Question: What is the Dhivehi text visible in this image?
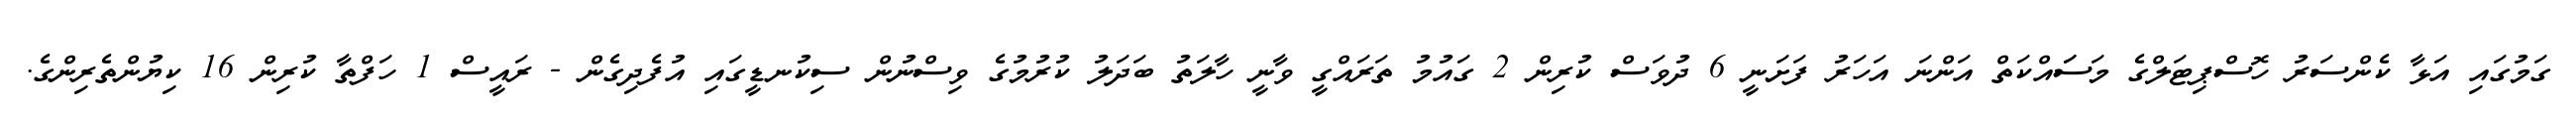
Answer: ގަމުގައި އަޅާ ކެންސަރު ހޮސްޕިޓަލްގެ މަސަައްކަތް އަންނަ އަހަރު ފަށަނީ 6 ދުވަސް ކުރިން 2 ގައުމު ތަރައްގީ ވާނީ ހާލަތު ބަދަލު ކުރުމުގެ ވިސްނުން ސިކުނޑީގައި އުފެދިގެން - ރައީސް 1 ހަފްތާ ކުރިން 16 ކިޔުންތެރިންގެ.